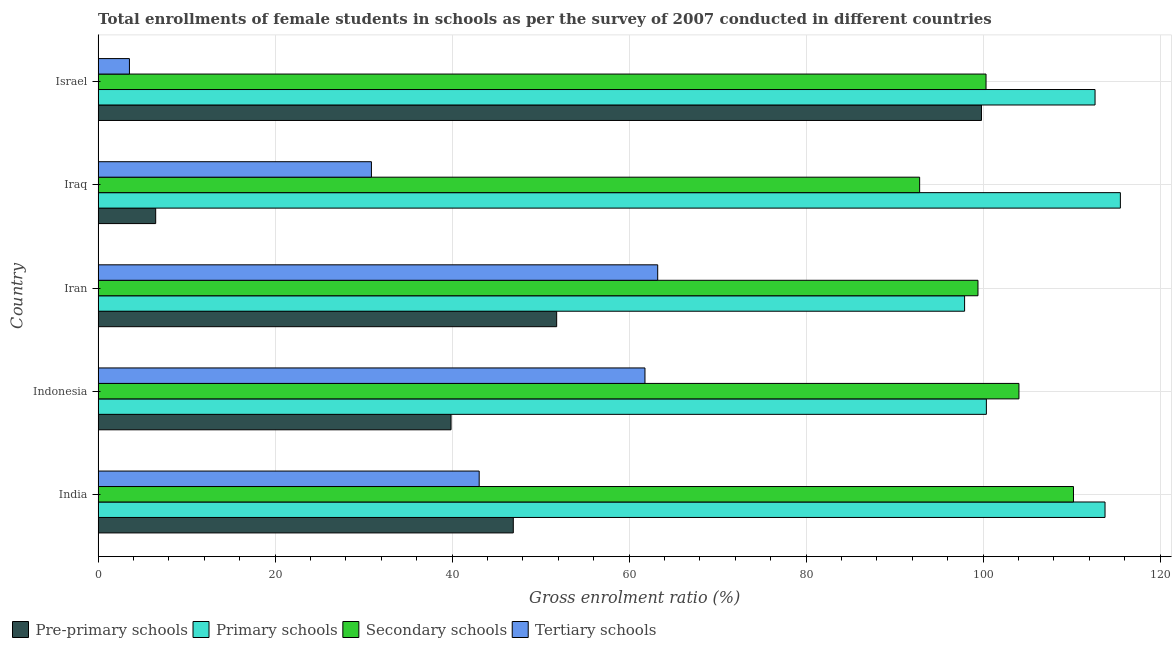
| Country | Pre-primary schools | Primary schools | Secondary schools | Tertiary schools |
 | --- | --- | --- | --- | --- |
 | India | 46.9 | 114 | 110 | 43.1 |
 | Indonesia | 39.9 | 100 | 104 | 61.8 |
 | Iran | 51.8 | 97.9 | 99.4 | 63.2 |
 | Iraq | 6.51 | 116 | 92.8 | 30.9 |
 | Israel | 99.8 | 113 | 100 | 3.54 |